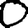
Digit: 0